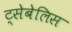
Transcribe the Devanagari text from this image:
ट्सेबेलिस